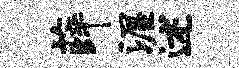
薛渥述